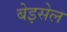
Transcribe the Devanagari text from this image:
बेइसेल